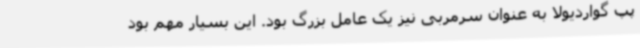
پپ گواردیولا به عنوان سرمربی نیز یک عامل بزرگ بود. این بسیار مهم بود